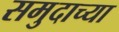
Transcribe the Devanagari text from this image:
समुदाच्या